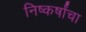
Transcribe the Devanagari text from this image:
निष्कर्षांचा